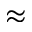
\approx